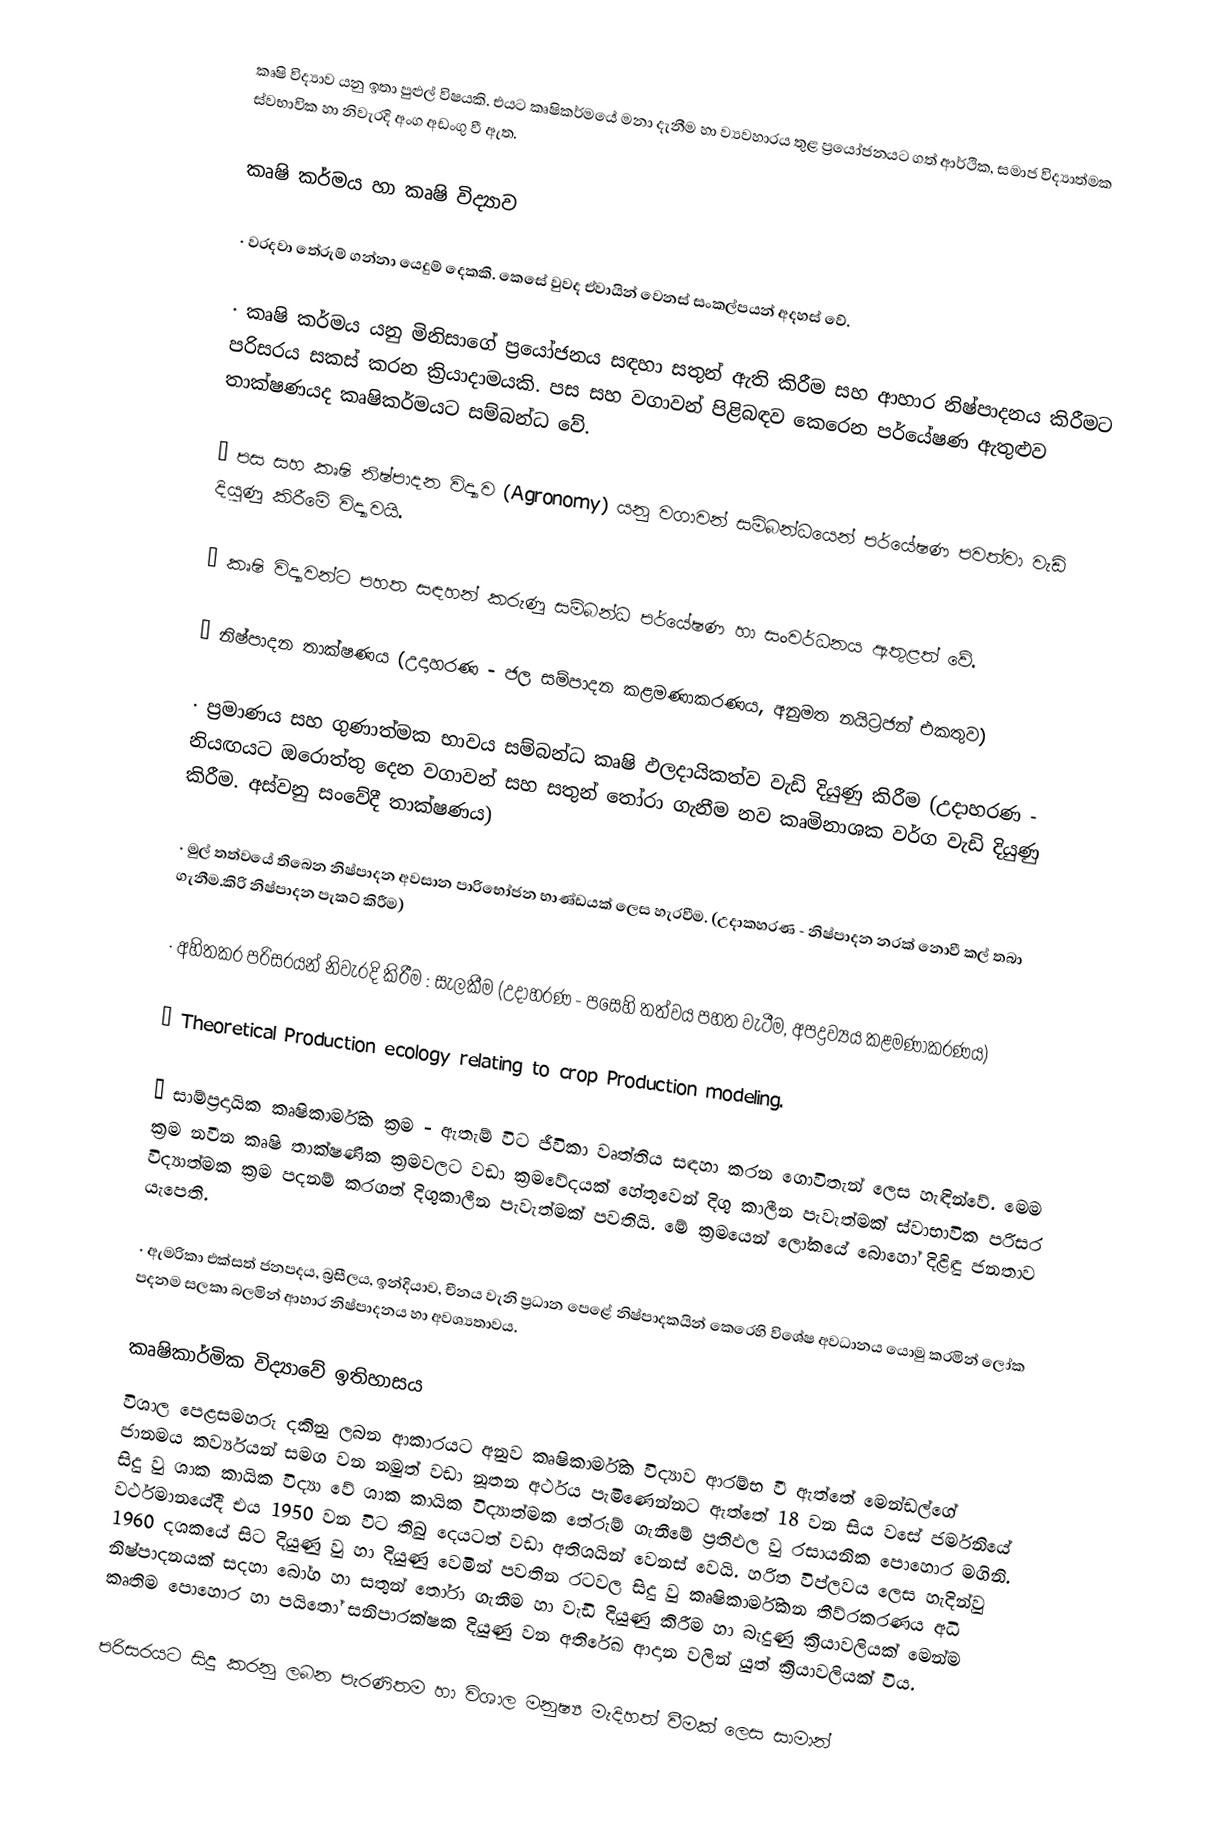
කෘෂි විද්‍යාව යනු ඉතා පුළුල් විෂයකි. එයට කෘෂිකර්මයේ මනා දැනීම හා ව්‍යවහාරය තුළ ප්‍රයෝජනයට ගත් ආර්ථික, සමාජ විද්‍යාත්මක ස්වභාවික හා නිවැරදි අංග අඩංගු වී ඇත.

කෘෂි කර්මය හා  කෘෂි විද්‍යාව

·	වරදවා තේරුම් ගන්නා යෙදුම් දෙකකි. කෙසේ වුවද ඒවායින් වෙනස් සංකල්පයන් අදහස් වේ.

·	කෘෂි කර්මය යනු මිනිසාගේ ප්‍රයෝජනය සඳහා සතුන් ඇති කිරීම සහ ආහාර නිෂ්පාදනය කිරීමට පරිසරය සකස් කරන ක්‍රියාදාමයකි. පස සහ වගාවන් පිළිබඳව කෙරෙන පර්යේෂණ ඇතුළුව තාක්ෂණයද කෘෂිකර්මයට සම්බන්ධ වේ.

·	පස සහ කෘෂි නිෂ්පාදන විද්‍යාව (Agronomy) යනු වගාවන් සම්බන්ධයෙන් පර්යේෂණ පවත්වා වැඩි දියුණු කිරීමේ විද්‍යාවයි.

·	කෘෂි විද්‍යාවන්ට පහත සඳහන් කරුණු සම්බන්ධ පර්යේෂණ හා සංවර්ධනය ඇතුළත් වේ.

·	නිෂ්පාදන තාක්ෂණය (උදාහරණ - ජල සම්පාදන කළමණාකරණය, අනුමත නයිට්‍රජන් එකතුව)

·	ප්‍රමාණය සහ ගුණාත්මක භාවය සම්බන්ධ කෘෂි ඵලදායිකත්ව වැඩි දියුණු කිරීම (උදාහරණ - නියඟයට ඔරොත්තු දෙන වගාවන් සහ සතුන් තෝරා ගැනීම නව කෘමිනාශක වර්ග වැඩි දියුණු කිරීම. අස්වනු සංවේදී තාක්ෂණය)

·	මුල් තත්වයේ තිබෙන නිෂ්පාදන අවසාන පාරිභෝජන භාණ්ඩයක් ලෙස හැරවීම. (උදාකහරණ - නිෂ්පාදන නරක් නොවී කල් තබා ගැනීම.කිරි නිෂ්පාදන පැකට් කිරීම)

·	අහිතකර පරිසරයන් නිවැරදි කිරීම : සැලකීම (උදාහරණ - පසෙහි තත්වය පහත වැටීම, අපද්‍රව්‍යය කළමණාකරණය)

·	Theoretical Production ecology relating to crop Production modeling.

·	සාම්ප්‍රදායික කෘෂිකාර්මික ක්‍රම - ඇතැම් විට ජීවිකා වෘත්තිය සඳහා කරන ගොවිතැන් ලෙස හැඳින්වේ‍. මෙම ක්‍රම නවීන කෘෂි තාක්ෂණික ක්‍රමවලට වඩා ක්‍රමවේදයක් හේතුවෙන් දිගු කාලීන පැවැත්මක් ස්වාභාවික පරිසර විද්‍යාත්මක ක්‍රම පදනම් කරගත් දිගුකාලීන පැවැත්මක් පවතියි. මේ ක්‍රමයෙන් ලෝකයේ බොහෝ දිළිඳු ජනතාව යැපෙති.

·	ඇමරිකා එක්සත් ජනපදය, බ්‍රසීලය, ඉන්දියාව, චීනය වැනි ප්‍රධාන පෙළේ නිෂ්පාදකයින් කෙරෙහි විශේෂ අවධානය යොමු කරමින් ලෝක පදනම සලකා බලමින් ආහාර නිෂ්පාදනය හා අවශ්‍යතාවය.

කෘෂිකාර්මික විද්‍යාවේ ඉතිහාසය
විශාල පෙළසමහරු දකිනු ලබන ආකාරයට අනුව කෘෂිකාර්මික විද්‍යාව ආරම්භ වී ඇත්තේ මෙන්ඩල්ගේ ජානමය කර්ව්‍යයන් සමග වන නමුත් වඩා නූතන අර්ථය පැමිණෙන්නට ඇත්තේ 18 වන සිය වසේ ජර්මනියේ සිදු වු ශාක කායික විද්‍යා වේ ශාක කායික විද්‍යාත්මක තේරුම් ගැනීමේ ප්‍රතිඵල වු රසායනික පොහොර මගිනි. වර්ථමානයේදී එය 1950 වන විට තිබු දෙයටත් වඩා අතිශයින් වෙනස් වෙයි. හරිත විප්ලවය ලෙස හැදින්වු 1960 දශකයේ සිට දියුණු වු හා දියුණු වෙමින් පවතින රටවල සිදු වු කෘෂිකාර්මිකන තීව්රකරණය අධි නිෂ්පාදනයක් සදහා බෝග හා සතුන් තෝරා ගැනීම හා වැඩි දියුණු කිරීම හා බැදුණු ක්‍රියාවලියක් මෙන්ම කෘතිම පොහොර හා පයිතෝ සනිපාරක්ෂක දියුණු වන අතිරේඛ ආදාන වලින් යුත් ක්‍රියාවලියක් විය.

පරිසරයට සිදු කරනු ලබන පැරණිතම හා විශාල මනුෂ්‍ය මැදිහත් වීමක් ලෙස සාමාන්